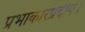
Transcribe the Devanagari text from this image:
प्रभाकारप्रदीप।